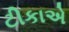
ટીકાએ